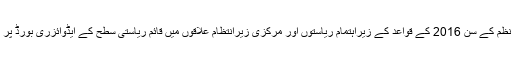
عدالت نے تین ہفتوں کے دوران ٹھوس فضلہ نظم کے سن 2016 کے قواعد کے زیراہتمام ریاستوں اور مرکزی زیرانتظام علاقوں میں قائم ریاستی سطح کے ایڈوائزری بورڈ پر مکمل رپورٹ پیش کرنے کی ہدایت دی ہے۔